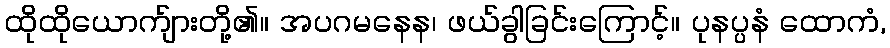
ထိုထိုယောက်ျားတို့၏။ အပဂမနေန၊ ဖယ်ခွါခြင်းကြောင့်။ ပုနပ္ပနံ ထောကံ,